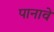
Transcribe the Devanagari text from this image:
पानावे